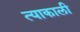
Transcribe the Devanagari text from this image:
त्याकाली